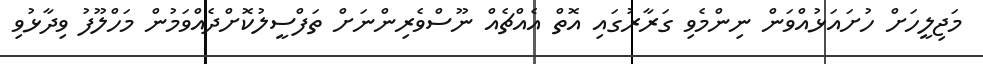
މަޖިލީހަށް ހުށައަޅުއްވަން ނިންމެވި ގަރާރުގައި އޮތް އެއްޗެއް ނޫސްވެރިންނަށް ތަފްސީލުކޮށްދެއްވަމުން މަހްލޫފު ވިދާޅުވި